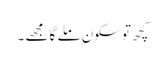
کچھ تو سکون ملے گا مجھے ۔